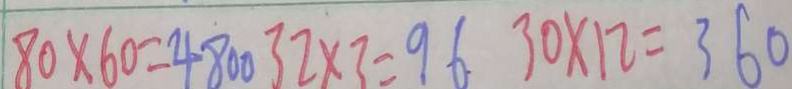
8 0 \times 6 0 = 4 8 0 0 3 2 \times 3 = 9 6 3 0 \times 1 2 = 3 6 0